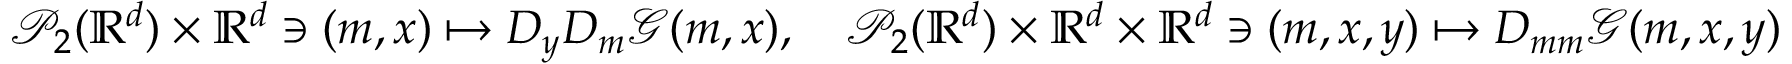
\begin{array} { r } { \mathcal { P } _ { 2 } ( { \mathbb R } ^ { d } ) \times { \mathbb R } ^ { d } \ni ( m , x ) \mapsto D _ { y } D _ { m } \mathcal { G } ( m , x ) , \quad \mathcal { P } _ { 2 } ( { \mathbb R } ^ { d } ) \times { \mathbb R } ^ { d } \times { \mathbb R } ^ { d } \ni ( m , x , y ) \mapsto D _ { m m } \mathcal { G } ( m , x , y ) } \end{array}